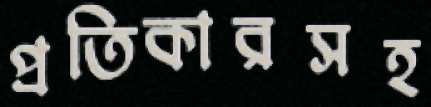
প্রতিকারসহ